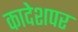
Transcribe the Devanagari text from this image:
कादेशपर